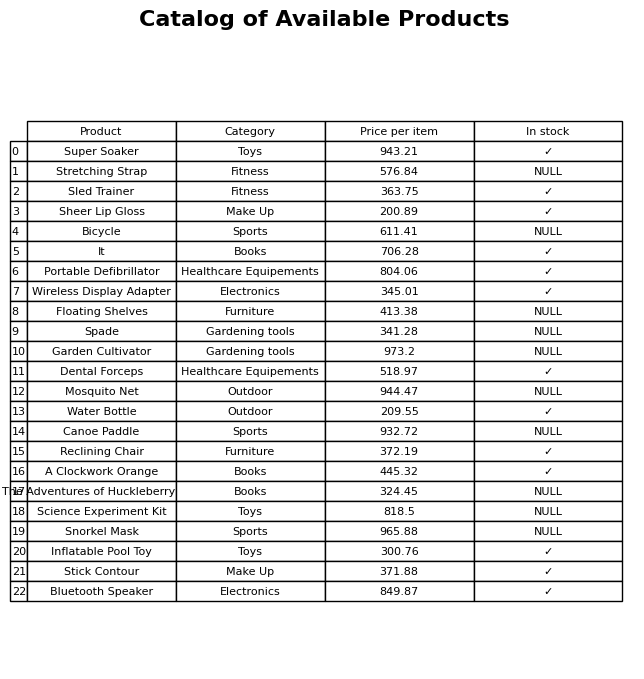
question: Is the Stick Contour in stock?
answer: ✓